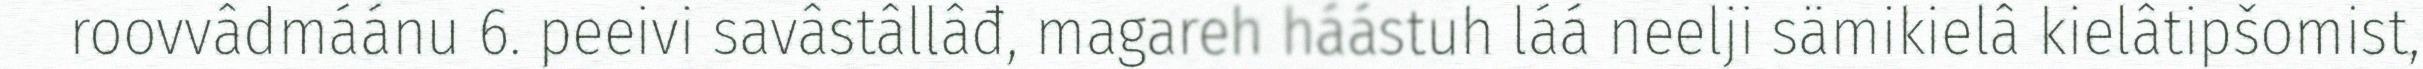
roovvâdmáánu 6. peeivi savâstâllâđ, magareh háástuh láá neelji sämikielâ kielâtipšomist,